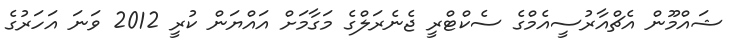
ޝައްމޫން އެޗްއާރުސީއެމްގެ ސެކްޓްރީ ޖެނެރަލްގެ މަގާމަށް އައްޔަން ކުރީ 2012 ވަނަ އަހަރުގެ